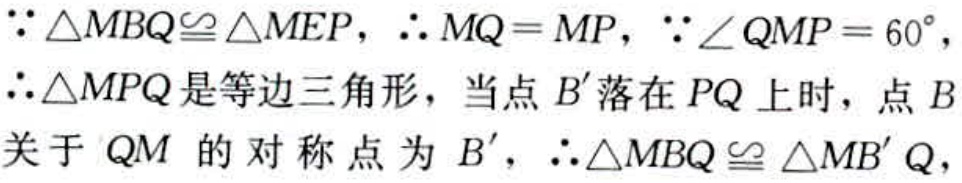
$\because \triangle MBQ\cong \triangle MEP,\ \therefore MQ = MP,\ \because \angle QMP = 60^{\circ },\\\therefore \triangle MPQ\text{是等边三角形，当点}B'\text{落在}PQ\text{上时，点}B\\\text{关于}QM\text{的对称点为}B',\ \therefore \triangle MBQ\cong \triangle MB'Q,$